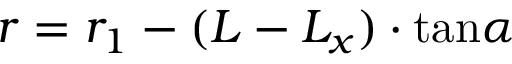
r = r _ { 1 } - ( L - L _ { x } ) \cdot \mathrm { t a n } \alpha